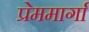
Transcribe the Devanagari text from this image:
प्रेममार्गा